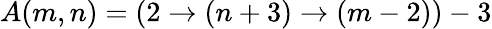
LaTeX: A(m,n)=(2\rightarrow(n+3)\rightarrow(m-2))-3